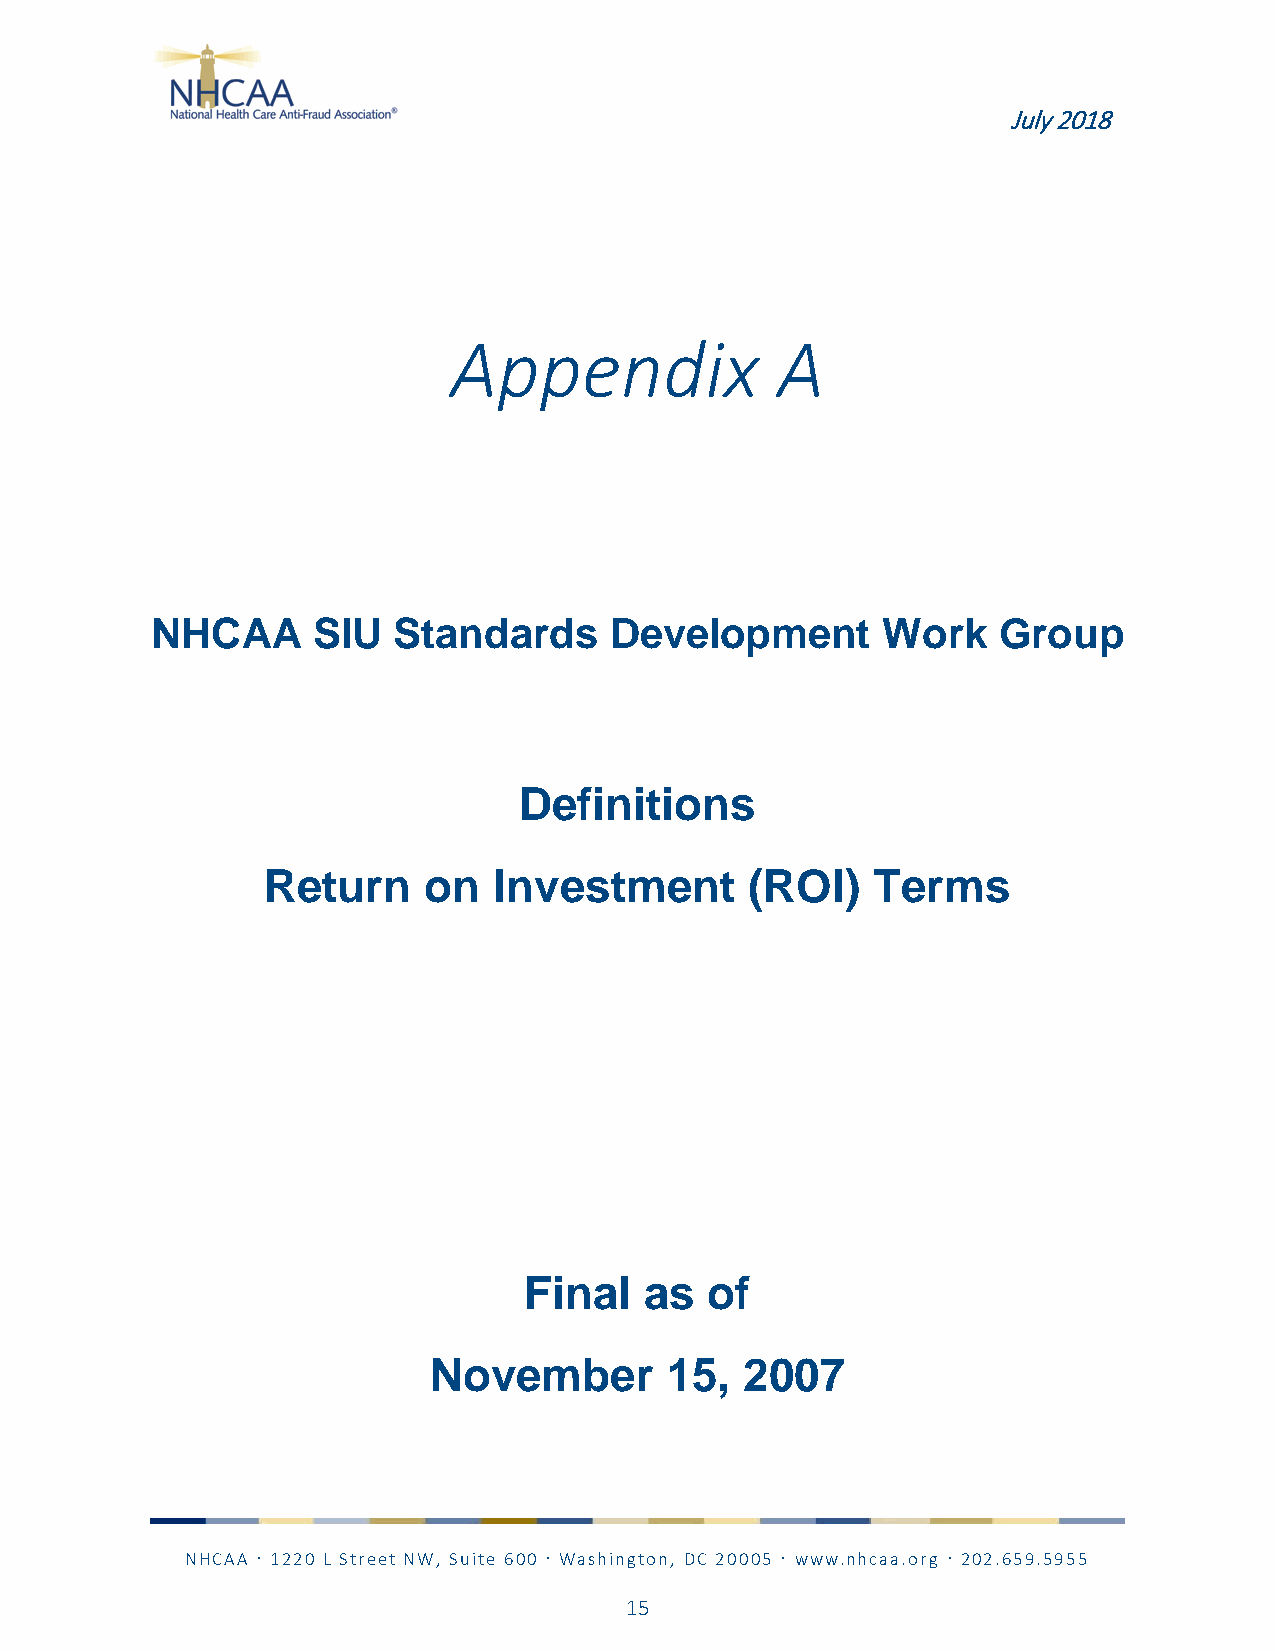
July 2018
 Appendix             A
 NHCAA      SIU  Standards     Development       Work    Group
 Definitions
 Return     on   Investment       (ROI)   Terms
 Final   as  of
 November        15,  2007
 NHCAA  1220 L Street NW, Suite 600  Washington, DC 20005  www.nhcaa.org  202.659.5955
 15